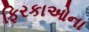
ફિરકાઓના